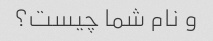
و نام شما چیست؟